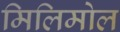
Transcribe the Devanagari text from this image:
मिलिमोल